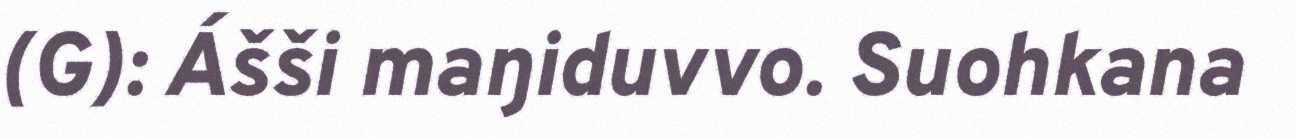
(G): Ášši maŋiduvvo. Suohkana